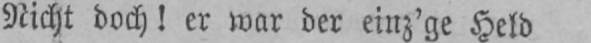
Nicht doch! er war der einz’ge Held